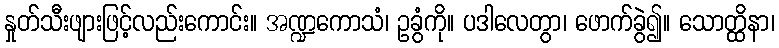
နှုတ်သီးဖျားဖြင့်လည်းကောင်း။ အဏ္ဍကောသံ၊ ဥခွံကို။ ပဒါလေတွာ၊ ဖောက်ခွဲ၍။ သောတ္ထိနာ၊